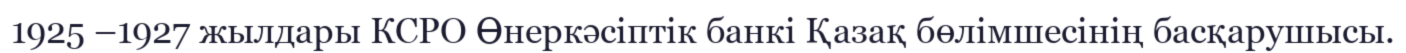
1925 –1927 жылдары КСРО Өнеркәсіптік банкі Қазақ бөлімшесінің басқарушысы.